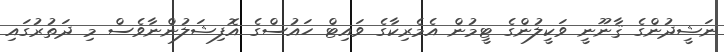
ނަޝީދުންގެ ޤާނޫނީ ވަކީލުންގެ ޓީމުން އެމެރިކާގެ ވައިޓް ހައުސްގެ އޮފިޝަލުންނާވެސް މި ދަތުރުގައި